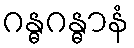
ဂန္ဓဂန္ဓာနံ